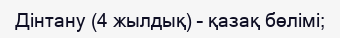
Дінтану (4 жылдық) – қазақ бөлімі;